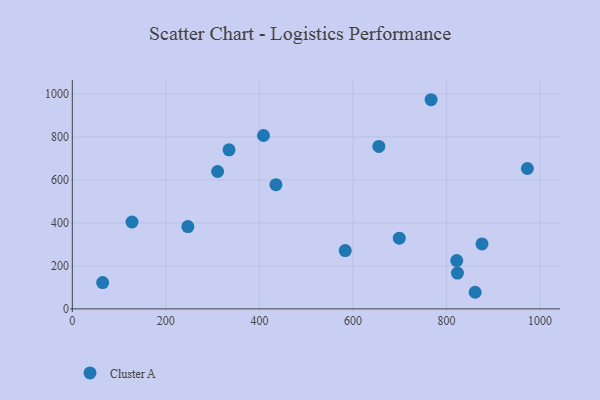
{"axis": {"x": "Distance", "y": "Yield"}, "legend": ["Cluster A"], "data": [{"x": "767.2", "y": 973.0, "type": "Cluster A"}, {"x": "823.6", "y": 166.6, "type": "Cluster A"}, {"x": "64.8", "y": 122.4, "type": "Cluster A"}, {"x": "127.6", "y": 404.2, "type": "Cluster A"}, {"x": "876.1", "y": 302.4, "type": "Cluster A"}, {"x": "335.1", "y": 739.8, "type": "Cluster A"}, {"x": "861.4", "y": 77.3, "type": "Cluster A"}, {"x": "655.5", "y": 755.7, "type": "Cluster A"}, {"x": "699.2", "y": 328.8, "type": "Cluster A"}, {"x": "408.8", "y": 806.5, "type": "Cluster A"}, {"x": "435.4", "y": 577.9, "type": "Cluster A"}, {"x": "583.6", "y": 271.5, "type": "Cluster A"}, {"x": "247.1", "y": 383.1, "type": "Cluster A"}, {"x": "310.7", "y": 639.1, "type": "Cluster A"}, {"x": "973.1", "y": 653.0, "type": "Cluster A"}, {"x": "822.0", "y": 224.6, "type": "Cluster A"}]}